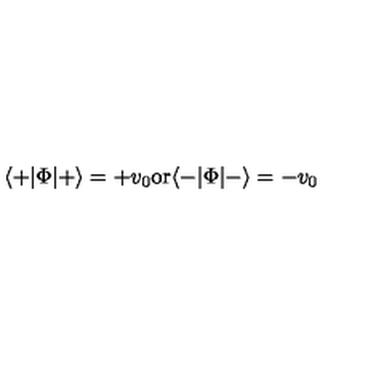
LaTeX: \langle + | \Phi | + \rangle = + v _ { 0 } \mathrm { o r } \langle - | \Phi | - \rangle = - v _ { 0 }